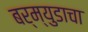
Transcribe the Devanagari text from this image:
बर्म्युडाचा